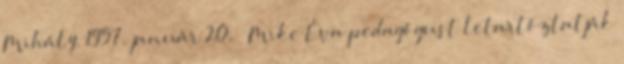
Mihály. 1957. január 20. – Mike Éva pedagógust letartóztatják